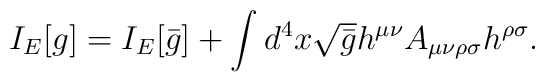
I_E[g]=I_E[\bar{g}]+\int d^4x\sqrt{\bar{g}}h^{\mu\nu}A_{\mu\nu\rho\sigma}h^{\rho\sigma} .